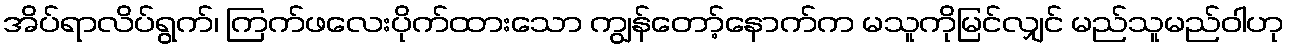
အိပ်ရာလိပ်ရွက်၊ ကြက်ဖလေးပိုက်ထားသော ကျွန်တော့်နောက်က မသူကိုမြင်လျှင် မည်သူမည်ဝါဟု